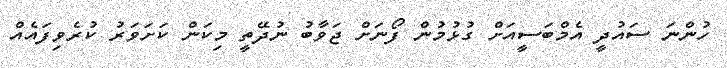
ހުންނަ ސައުދީ އެމްބަސީއަށް ގުޅުމުން ފޯނަށް ޖަވާބު ނުދޭތީ މިކަން ކަށަވަރު ކުރެވިފައެއް